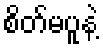
စိတ်မပူနဲ့